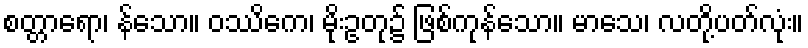
စတ္တာရော၊ န်သော။ ဝဿိကေ၊ မိုးဥတု၌ ဖြစ်ကုန်သော။ မာသေ၊ လတို့ပတ်လုံး။